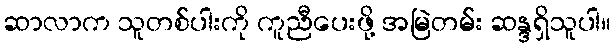
ဆာလာက သူတစ်ပါးကို ကူညီပေးဖို့ အမြဲတမ်း ဆန္ဒရှိသူပါ။